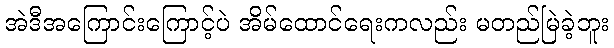
အဲဒီအကြောင်းကြောင့်ပဲ အိမ်ထောင်ရေးကလည်း မတည်မြဲခဲ့ဘူး